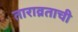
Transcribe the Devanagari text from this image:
ताराव्रताची